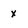
Character: x